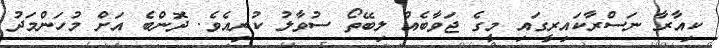
ކިއާރާ ނަސްރާކައިރީގައި މީގެ ޖަވާބެއް ލިބޭތޯ ސުވާލު ކުރިއެވެ. ދޮންބެ އަށް މުހަންމަދު